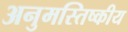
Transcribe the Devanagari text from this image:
अनुमस्तिष्‍कीय